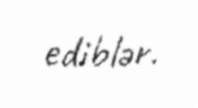
ediblər.